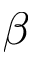
\beta